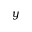
y